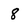
Character: 8